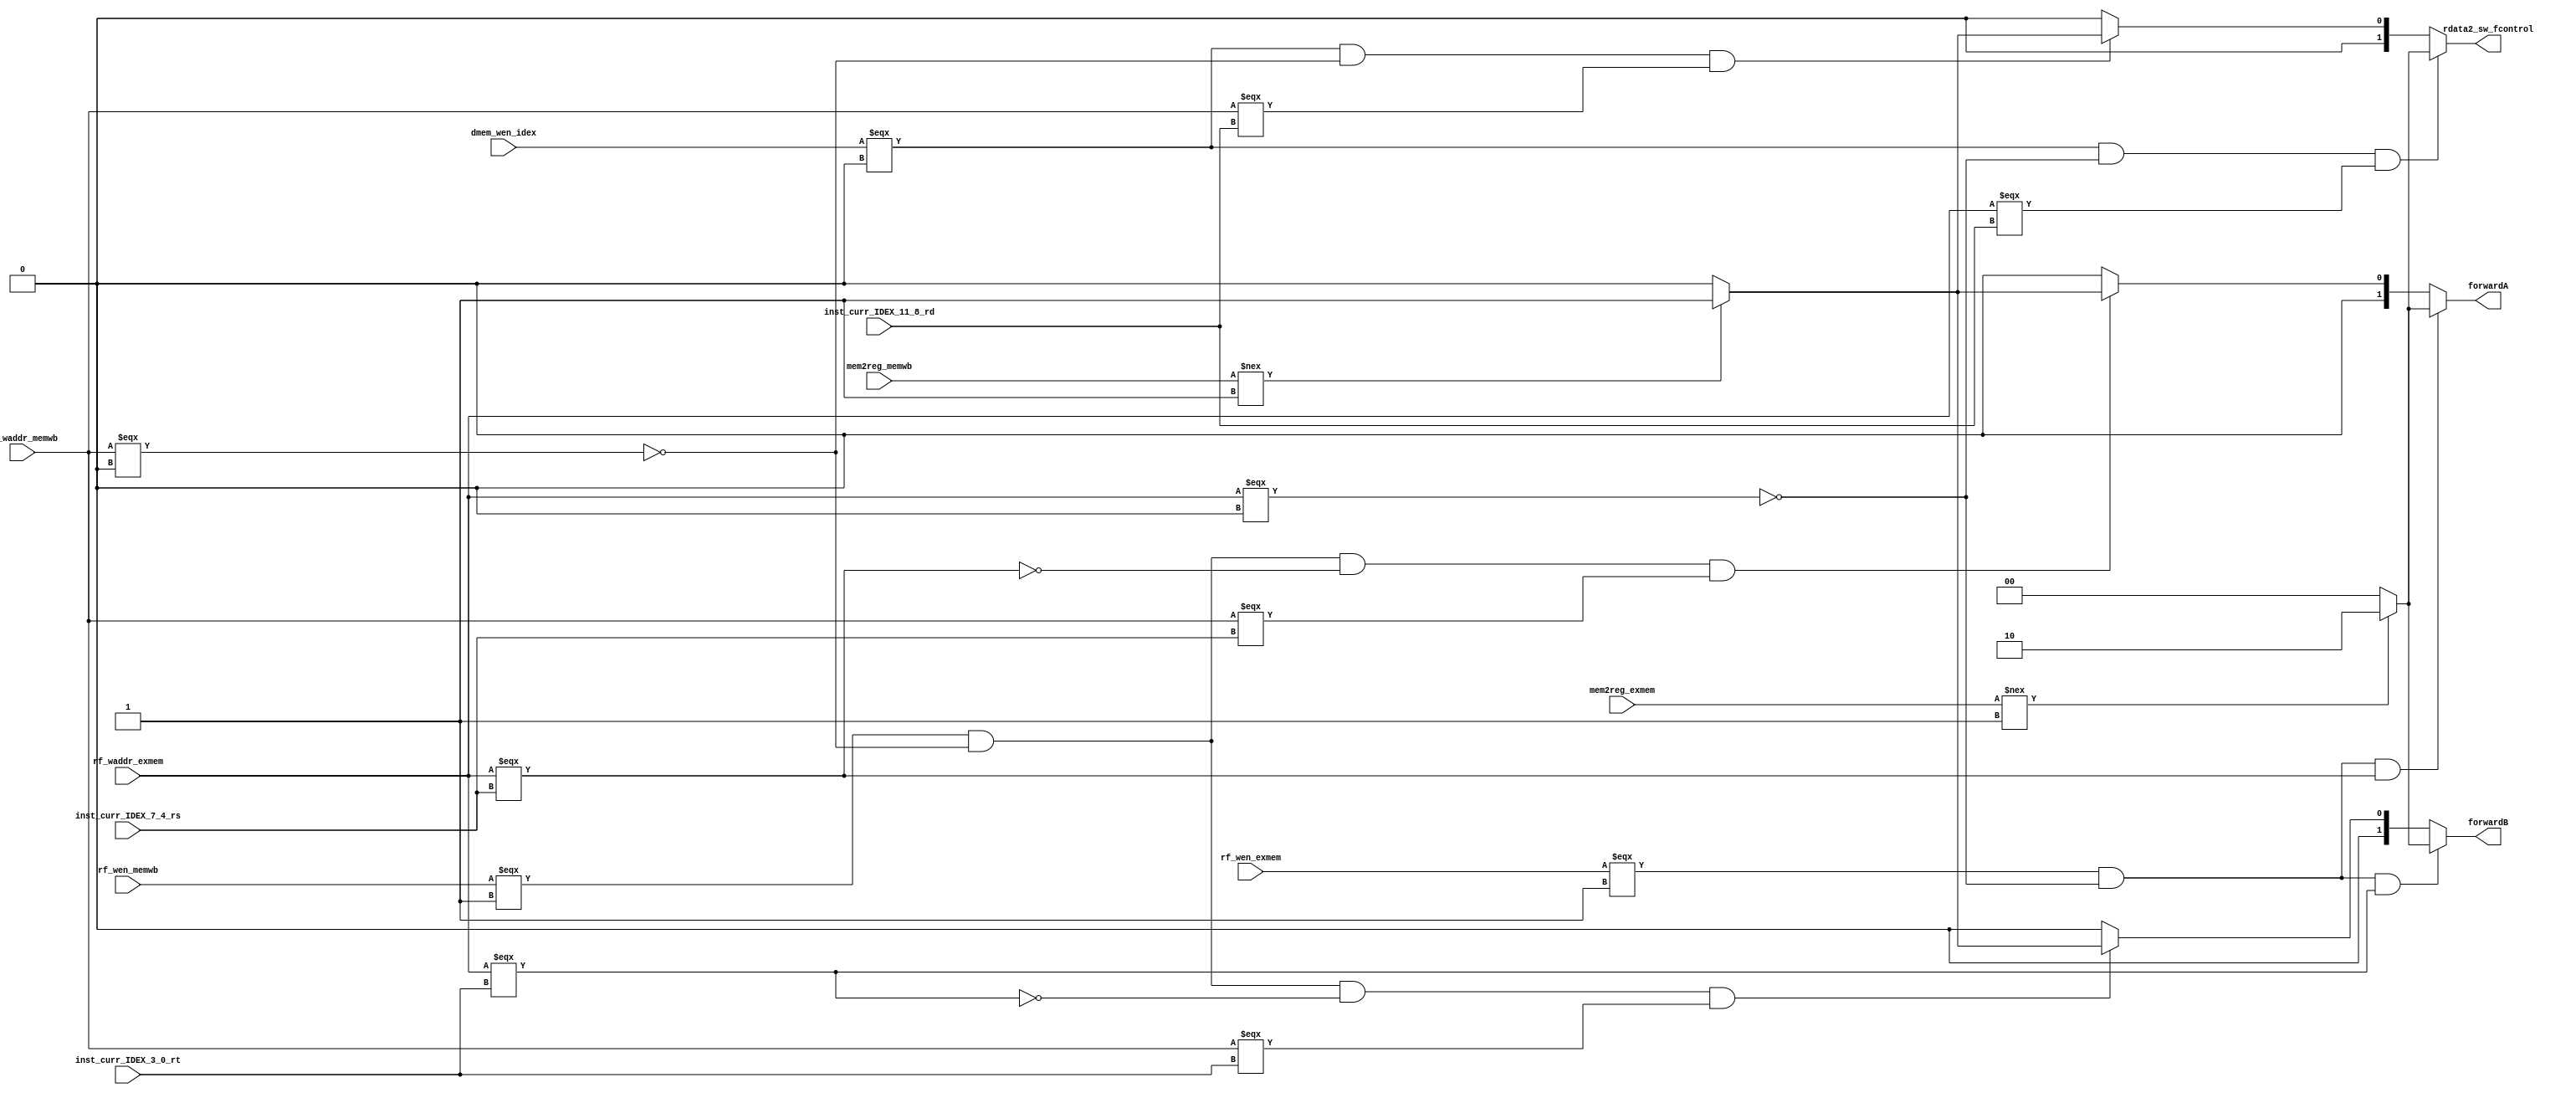
module forwarding_unit
  (
  rf_waddr_exmem,
  rf_waddr_memwb,
  inst_curr_IDEX_7_4_rs,
  inst_curr_IDEX_3_0_rt,
  inst_curr_IDEX_11_8_rd,
  rf_wen_exmem,
  rf_wen_memwb,
  mem2reg_memwb,
  mem2reg_exmem,
  dmem_wen_idex,
  forwardA,
  forwardB,
  rdata2_sw_fcontrol,
  );
  input [3:0] rf_waddr_exmem;
  input [3:0] rf_waddr_memwb;
  input [3:0] inst_curr_IDEX_7_4_rs;
  input [3:0] inst_curr_IDEX_3_0_rt;
  input [3:0] inst_curr_IDEX_11_8_rd;
  input rf_wen_exmem;
  input rf_wen_memwb;
  input mem2reg_memwb;
  input mem2reg_exmem;
  input dmem_wen_idex;
  output [1:0] forwardA;
  output [1:0] forwardB;
  output [1:0] rdata2_sw_fcontrol;
  //just doing it for basic arithmetic data hazards at the moment
  /*assign forwardA = ((rf_wen_exmem === 1'b1) && (!(rf_waddr_exmem === 4'b0000))
              && (rf_waddr_exmem === inst_curr_IDEX_7_4_rs) && mem2reg_exmem===1'b1)? 2'b10 :
              (((rf_wen_memwb === 1'b1) && (!(rf_waddr_memwb === 4'b0000))
              && (!(rf_waddr_exmem === inst_curr_IDEX_7_4_rs))
              && (rf_waddr_memwb === inst_curr_IDEX_7_4_rs)
              && (mem2reg_memwb === 1'b1)) ? 2'b01 : 2'b00);
  assign forwardB =  ((rf_wen_exmem === 1'b1) && (!(rf_waddr_exmem === 4'b0000))
              && (rf_waddr_exmem === inst_curr_IDEX_3_0_rt) && mem2reg_exmem===1'b1)? 2'b10 :
              (((rf_wen_memwb === 1'b1) && (!(rf_waddr_memwb === 4'b0000))
              && (!(rf_waddr_exmem === inst_curr_IDEX_3_0_rt))
              && (rf_waddr_memwb === inst_curr_IDEX_3_0_rt)
              && (mem2reg_memwb === 1'b1)) ? 2'b01 : 2'b00);*/
  assign forwardA = ((rf_wen_exmem === 1'b1) && (!(rf_waddr_exmem === 4'b0000))
              && (rf_waddr_exmem === inst_curr_IDEX_7_4_rs))? ((mem2reg_exmem!==1'b1)? 2'b10 : 2'b00) :
              (((rf_wen_memwb === 1'b1) && (!(rf_waddr_memwb === 4'b0000))
              && (!(rf_waddr_exmem === inst_curr_IDEX_7_4_rs))
              && (rf_waddr_memwb === inst_curr_IDEX_7_4_rs)
              ) ? ((mem2reg_memwb!==1'b1)? 2'b01: 2'b00) : 2'b00);
  assign forwardB =  ((rf_wen_exmem === 1'b1) && (!(rf_waddr_exmem === 4'b0000))
              && (rf_waddr_exmem === inst_curr_IDEX_3_0_rt))? ((mem2reg_exmem!==1'b1)? 2'b10 : 2'b00) :
              (((rf_wen_memwb === 1'b1) && (!(rf_waddr_memwb === 4'b0000))
              && (!(rf_waddr_exmem === inst_curr_IDEX_3_0_rt))
              && (rf_waddr_memwb === inst_curr_IDEX_3_0_rt)
              ) ? ((mem2reg_memwb!==1'b1)? 2'b01: 2'b00) : 2'b00);
  //data forwarding for store instruction
  assign rdata2_sw_fcontrol = ((dmem_wen_idex === 1'b0) && (!(rf_waddr_exmem === 4'b0000))
                               && (rf_waddr_exmem === inst_curr_IDEX_11_8_rd)) ? ((mem2reg_exmem!==1'b1)? 2'b10: 2'b00) :
                               (((dmem_wen_idex === 1'b0) && (!(rf_waddr_memwb === 4'b0000))
                               && (rf_waddr_memwb === inst_curr_IDEX_11_8_rd)) ? ((mem2reg_memwb!==1'b1)? 2'b01 : 2'b00) : 2'b00);
endmodule